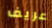
عريف